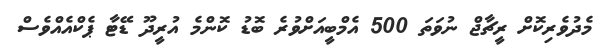
މެދުވެރިކޮށް ރީޗާޖް ނުވަތަ 500 އެމްބީއަށްވުރެ ބޮޑު ކޮންމެ އުރީދޫ ޑޭޓާ ޕެކްއެއްވެސް